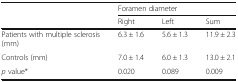
<table><thead><tr><td></td><td colspan="3"><b>Foramen diameter</b></td></tr><tr><td></td><td><b>Right</b></td><td><b>Left</b></td><td><b>Sum</b></td></tr></thead><tbody><tr><td>Patients with multiple sclerosis (mm)</td><td>6.3 ± 1.6</td><td>5.6 ± 1.3</td><td>11.9 ± 2.3</td></tr><tr><td>Controls (mm)</td><td>7.0 ± 1.4</td><td>6.0 ± 1.3</td><td>13.0 ± 2.1</td></tr><tr><td><i>p</i> value*</td><td>0.020</td><td>0.089</td><td>0.009</td></tr></tbody></table>